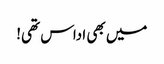
میں بھی اداس تھی!